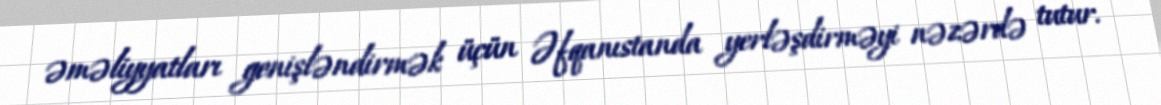
əməliyyatları genişləndirmək üçün Əfqanıstanda yerləşdirməyi nəzərdə tutur.